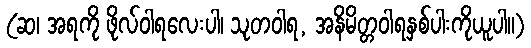
(ဆ၊ အရကို ဖိုလ်ဝါရလေးပါ၊ သုတဝါရ, အနိမိတ္တဝါရနှစ်ပါးကိုယူပါ။)